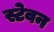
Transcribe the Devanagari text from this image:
स्टेवन